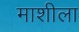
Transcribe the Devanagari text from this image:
माशीला